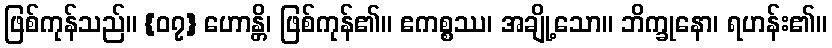
ဖြစ်ကုန်သည်။ {၀၇} ဟောန္တိ၊ ဖြစ်ကုန်၏။ ဧကစ္စဿ၊ အချို့သော။ ဘိက္ခုနော၊ ရဟန်း၏။